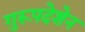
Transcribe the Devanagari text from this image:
गुरूपदेशेन